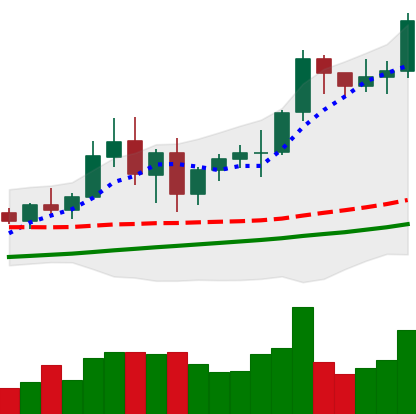
Ticker: BNB-USD
Chart end date: 2021-01-03
Forward return: 3.029%
Label: up_3_5